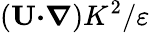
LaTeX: ({\textbf{U}}{\boldsymbol{\cdot}}{\boldsymbol{\nabla}})K^{2}/\varepsilon